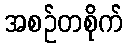
အစဉ်တစိုက်